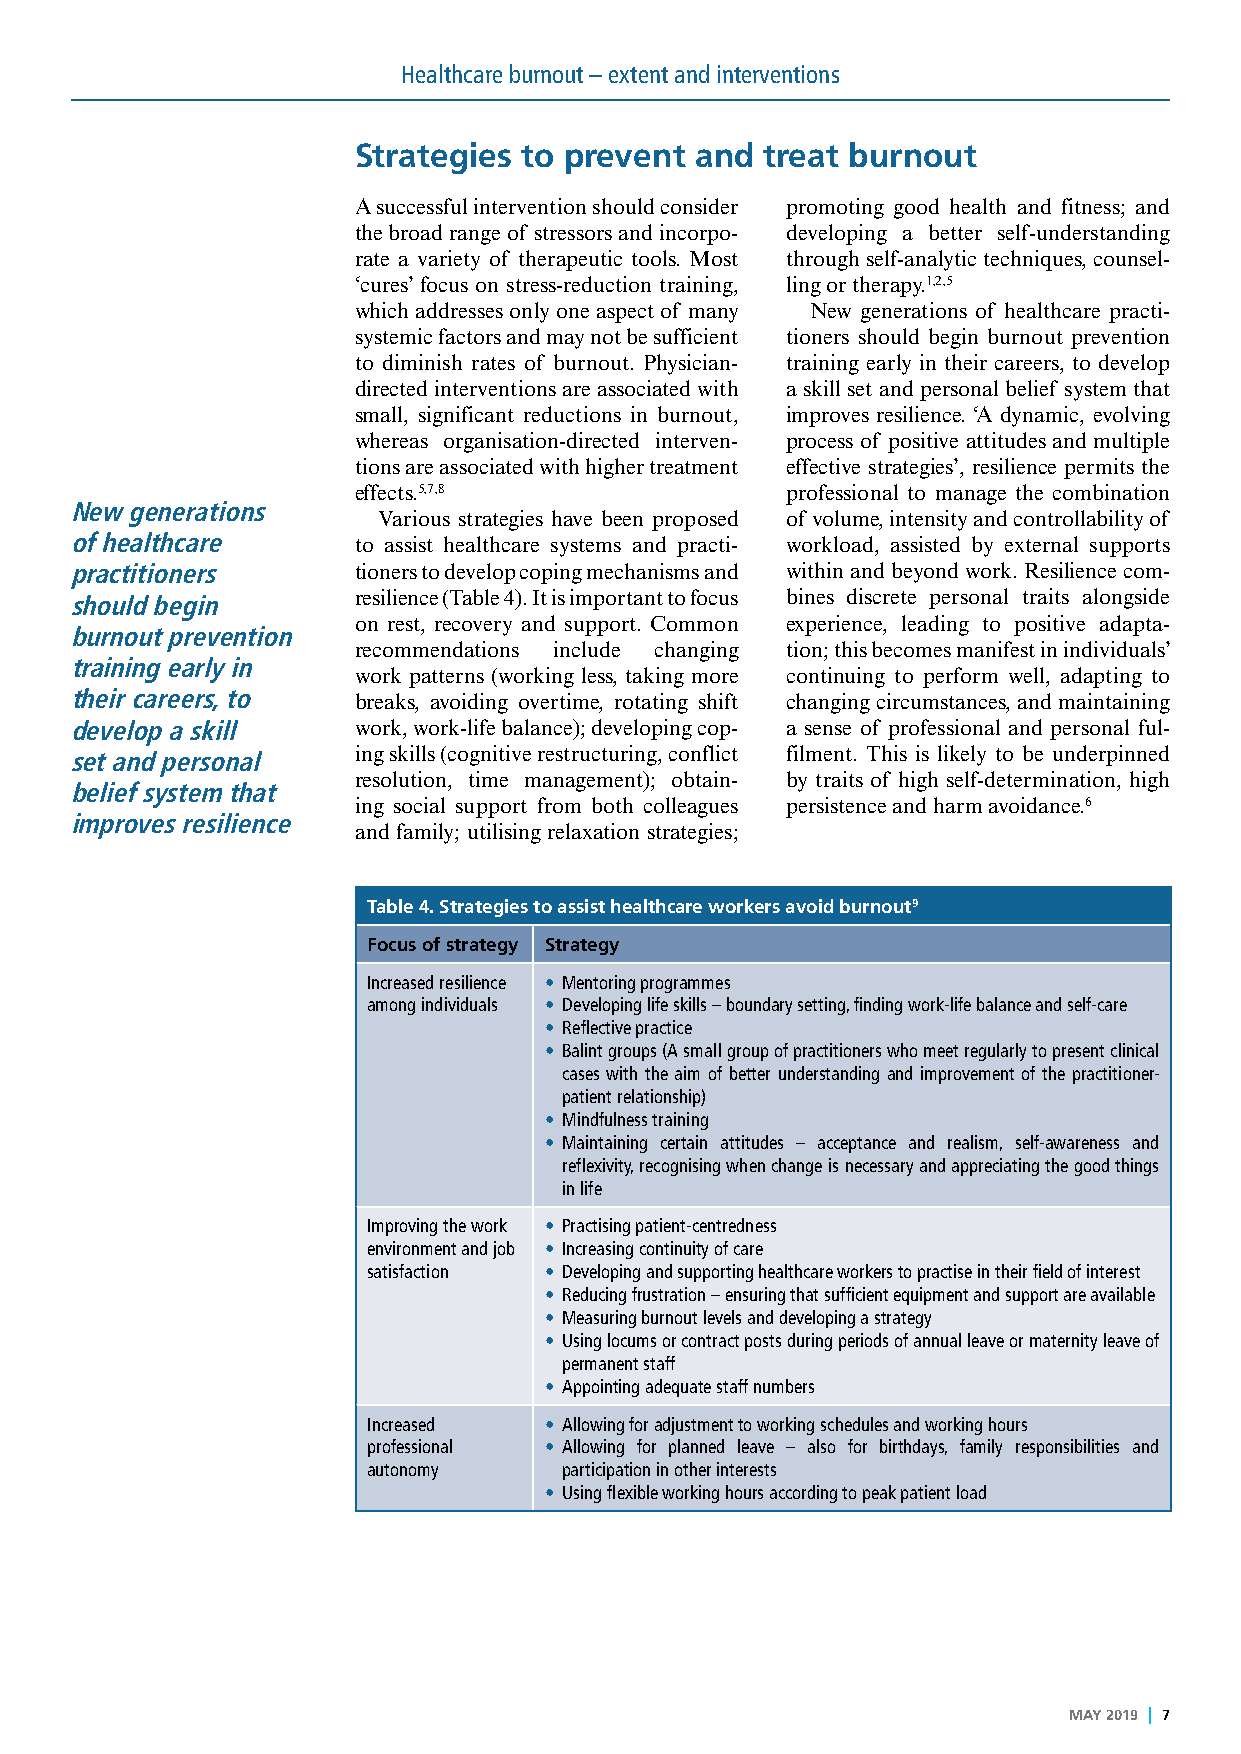
Healthcare burnout – extent and interventions
 Strategies to prevent  and  treat burnout
 A successful intervention should consider promoting good health and fitness; and
 the broad range of stressors and incorpo- developing a better self-understanding
 rate a variety of therapeutic tools. Most through self-analytic techniques, counsel-
 ‘cures’ focus on stress-reduction training, ling or therapy.1,2,5
 which addresses only one aspect of many New generations of healthcare practi-
 systemic factors and may not be sufficient tioners should begin burnout prevention
 to diminish rates of burnout. Physician- training early in their careers, to develop
 directed interventions are associated with a skill set and personal belief system that
 small, significant reductions in burnout, improves resilience. ‘A dynamic, evolving
 whereas organisation-directed interven- process of positive attitudes and multiple
 tions are associated with higher treatment effective strategies’, resilience permits the
 effects.5,7,8                professional to manage the combination
 New generations
 Various strategies have been proposed of volume, intensity and controllability of
 of healthcare     to assist healthcare systems and practi- workload, assisted by external supports
 practitioners     tioners to develop coping mechanisms and within and beyond work. Resilience com-
 should begin      resilience (Table 4). It is important to focus bines discrete personal traits alongside
 on rest, recovery and support. Common experience, leading to positive adapta-
 burnout prevention
 recommendations include changing tion; this becomes manifest in individuals’
 training early in
 work patterns (working less, taking more continuing to perform well, adapting to
 their careers, to breaks, avoiding overtime, rotating shift changing circumstances, and maintaining
 develop a skill   work, work-life balance); developing cop- a sense of professional and personal ful-
 ing skills (cognitive restructuring, conflict filment. This is likely to be underpinned
 set and personal
 resolution, time management); obtain- by traits of high self-determination, high
 belief system that
 ing social support from both colleagues persistence and harm avoidance.6
 improves resilience
 and family; utilising relaxation strategies;
 Table 4. Strategies to assist healthcare workers avoid burnout9
 Focus of strategy Strategy
 Increased resilience • Mentoring programmes
 among individuals • Developing life skills – boundary setting, finding work-life balance and self-care
 • Reflective practice
 • Balint groups (A small group of practitioners who meet regularly to present clinical
 cases with the aim of better understanding and improvement of the practitioner-
 patient relationship)
 • Mindfulness training
 • Maintaining certain attitudes – acceptance and realism, self-awareness and
 reflexivity, recognising when change is necessary and appreciating the good things
 in life
 Improving the work • Practising patient-centredness
 environment and job • Increasing continuity of care
 satisfaction • Developing and supporting healthcare workers to practise in their field of interest
 • Reducing frustration – ensuring that sufficient equipment and support are available
 • Measuring burnout levels and developing a strategy
 • Using locums or contract posts during periods of annual leave or maternity leave of
 permanent staff
 • Appointing adequate staff numbers
 Increased   • Allowing for adjustment to working schedules and working hours
 professional • Allowing for planned leave – also for birthdays, family responsibilities and
 autonomy     participation in other interests
 • Using flexible working hours according to peak patient load
 MAY 2019 I 7